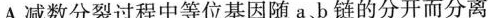
A.减数分裂过程中等位基因随a b链的分开而分离